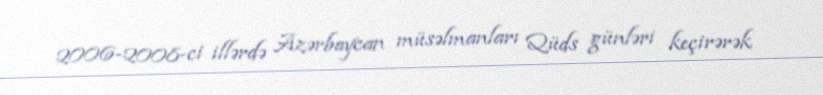
2006-2008-ci illərdə Azərbaycan müsəlmanları Qüds günləri keçirərək